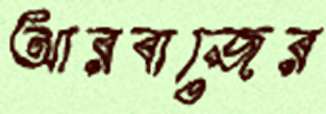
আরবাজের